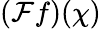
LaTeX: ({\mathcal{F}}f)(\chi)